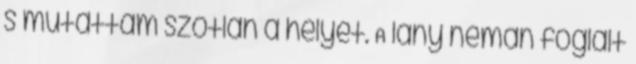
s mutattam szótlan a helyet. A lány némán foglalt